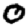
Digit: 0